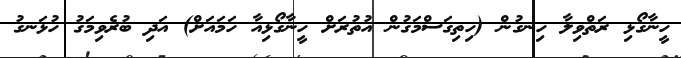
ހީނާގޯޅި ރަތްވިލާ ހިނގުން (ހިތިގަސްމަގުން އުތުރަށް ހީނާގޯޅިއާ ހަމައަށް) އަދި ބުރެވިމަގު ހުޅަނގު